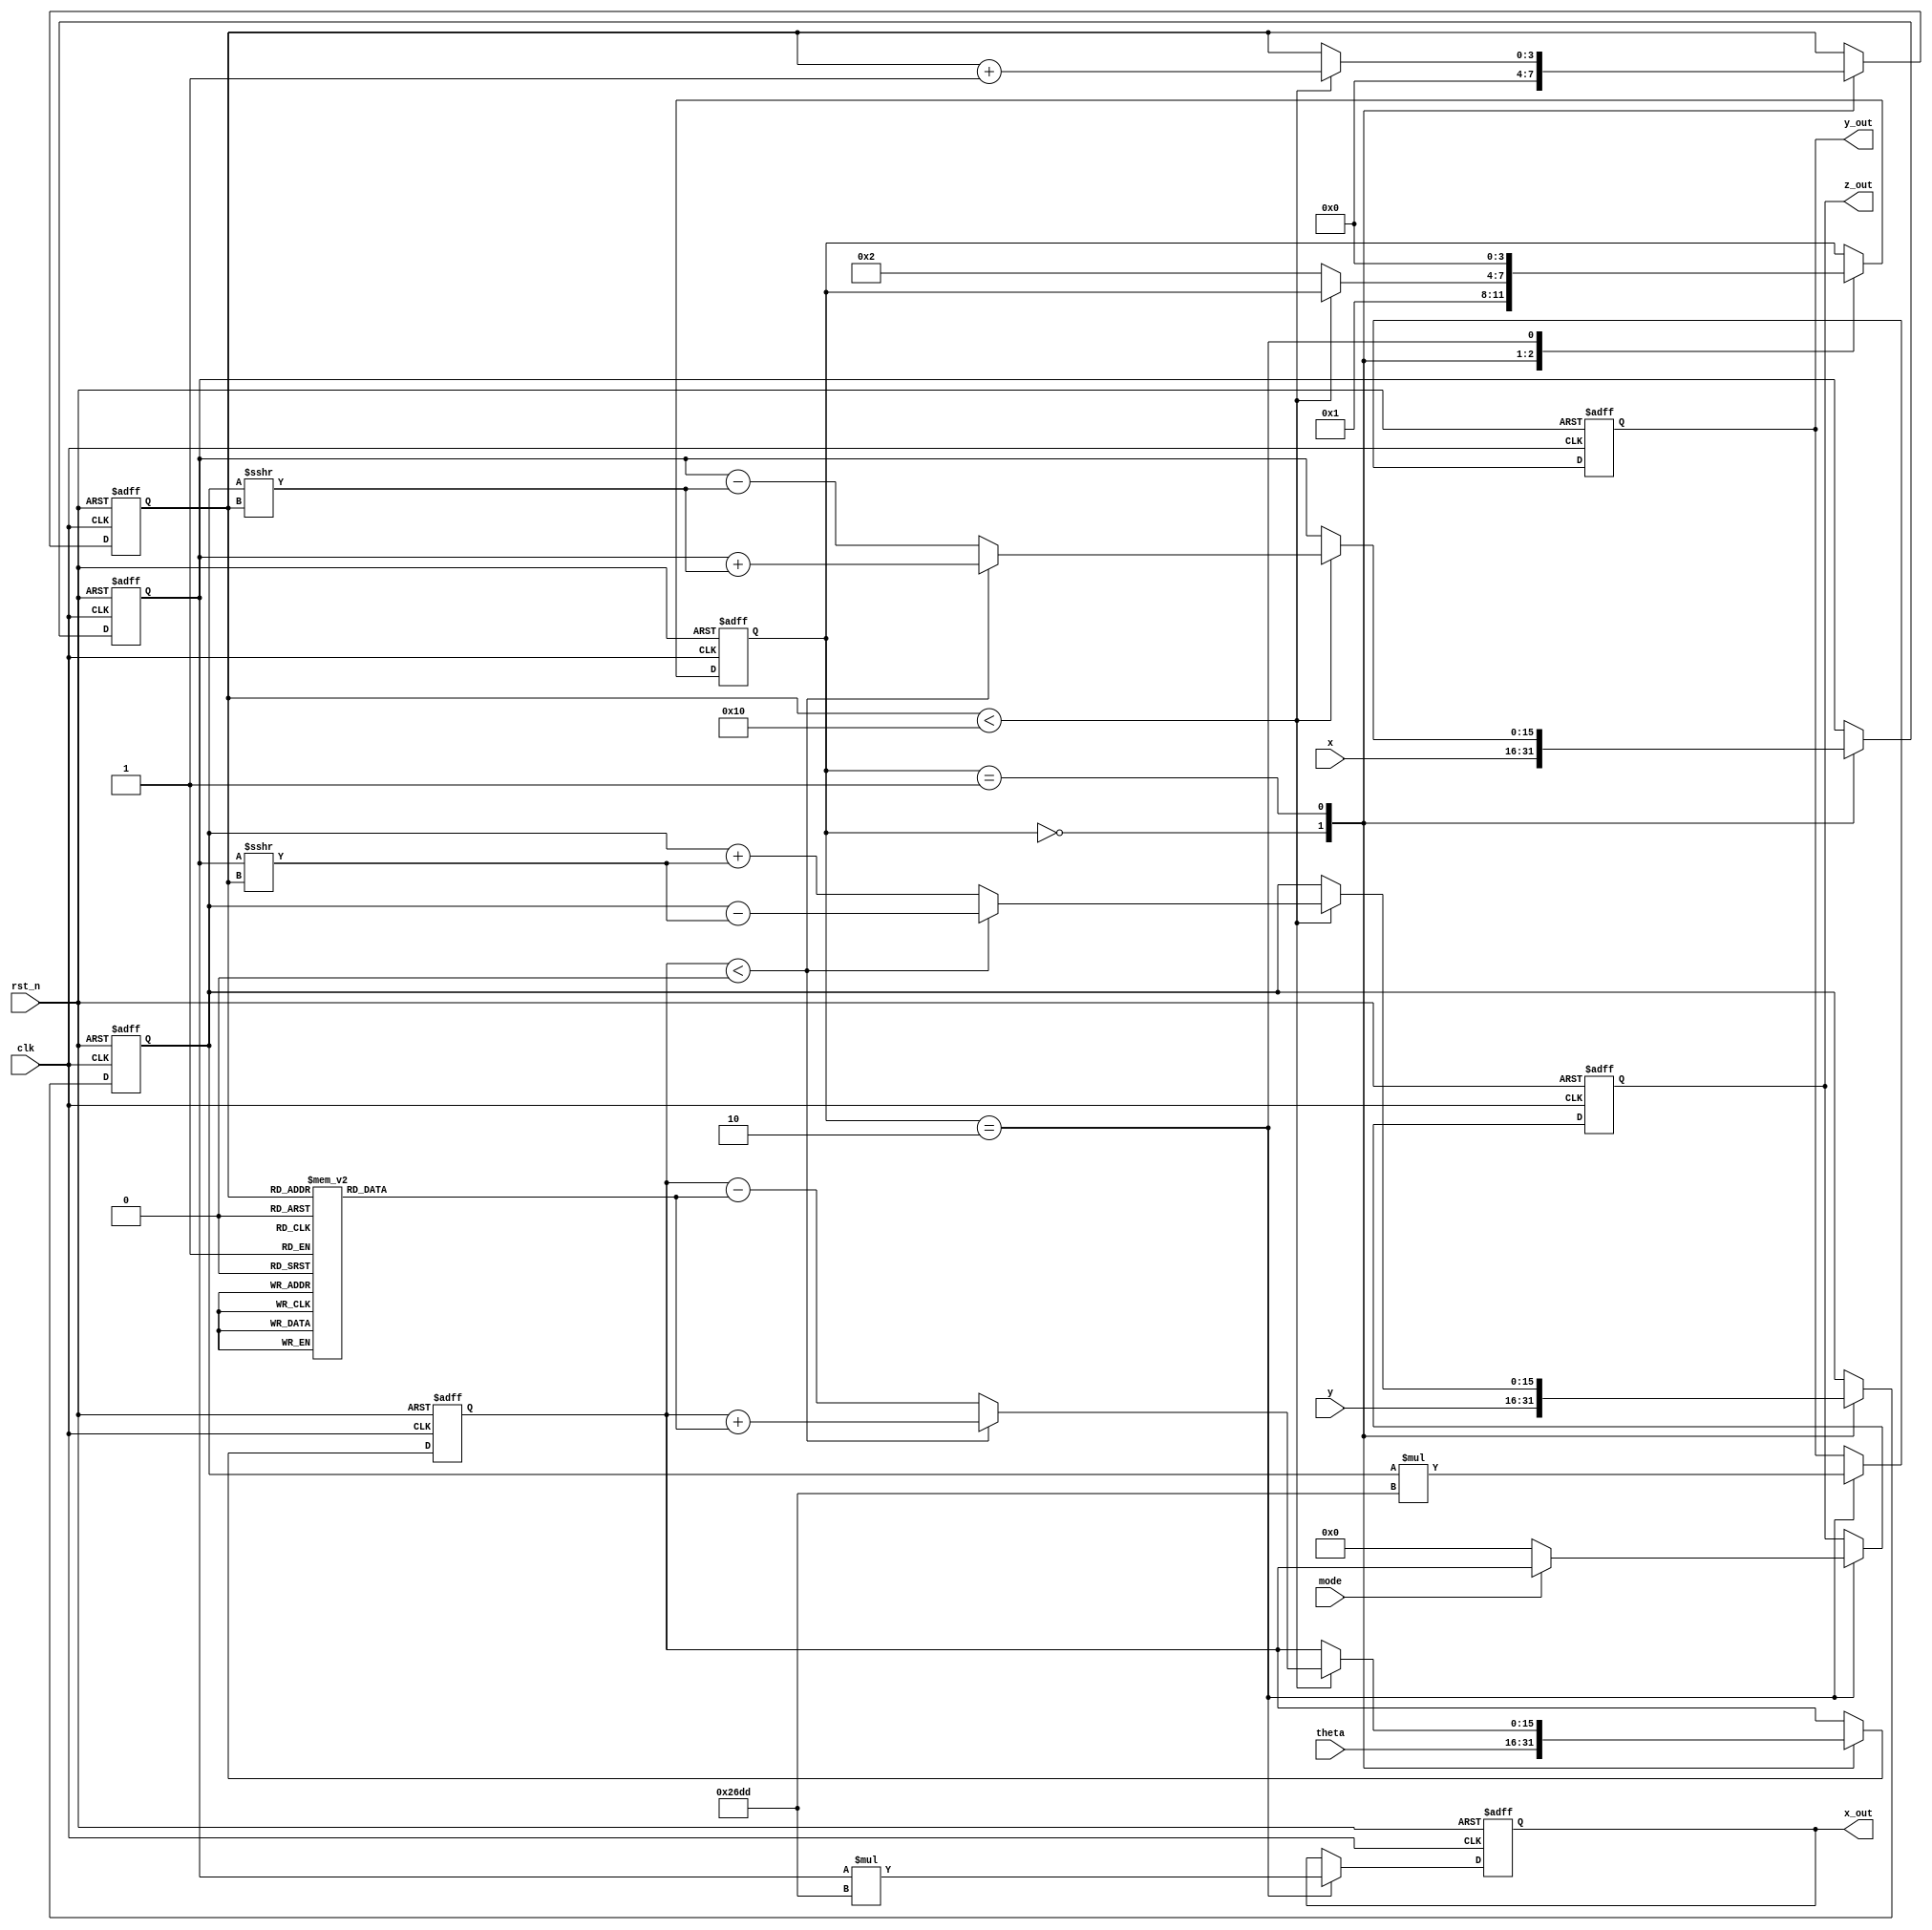
module cordic_arithmetic (
    input wire [15:0] x,           // Fixed-point input x-coordinate
    input wire [15:0] y,           // Fixed-point input y-coordinate
    input wire [15:0] theta,       // Fixed-point angle input
    input wire mode,               // Control signal: 0 for rotation, 1 for vectoring
    input wire clk,                // Clock
    input wire rst_n,              // Active low reset
    output reg [15:0] x_out,       // Output x-coordinate
    output reg [15:0] y_out,       // Output y-coordinate
    output reg [15:0] z_out        // Output angle or magnitude
);

    parameter N = 16; // Number of iterations
    parameter SCALE = 16'h26DD; // Pre-computed scaling constant for 16 iterations
    
    reg [15:0] x_reg, y_reg, z_reg;
    reg [N-1:0] angle_table [0:N-1]; // Lookup table for arctan(2^-i)
    reg [3:0] state; // State variable for FSM
    reg [3:0] i; // Loop variable for iterations

    // Initialize the angle_table with arctan(2^-i) values in fixed-point representation
    initial begin
        angle_table[0] = 16'h2000; // arctan(1)
        angle_table[1] = 16'h199A; // arctan(0.5)
        angle_table[2] = 16'h1333; // arctan(0.25)
        angle_table[3] = 16'h0C9A; // arctan(0.125)
        angle_table[4] = 16'h0666; // arctan(0.0625)
        angle_table[5] = 16'h0333; // arctan(0.03125)
        angle_table[6] = 16'h01A3; // arctan(0.015625)
        angle_table[7] = 16'h00D4; // arctan(0.0078125)
        angle_table[8] = 16'h0066; // arctan(0.00390625)
        angle_table[9] = 16'h0033; // arctan(0.001953125)
        angle_table[10] = 16'h001A; // arctan(0.0009765625)
        angle_table[11] = 16'h000D; // arctan(0.00048828125)
        angle_table[12] = 16'h0006; // arctan(0.000244140625)
        angle_table[13] = 16'h0003; // arctan(0.0001220703125)
        angle_table[14] = 16'h0001; // arctan(0.00006103515625)
        angle_table[15] = 16'h0000; // arctan(0)
    end

    // State machine for CORDIC processing
    always @(posedge clk or negedge rst_n) begin
        if (!rst_n) begin
            x_reg <= 0;
            y_reg <= 0;
            z_reg <= 0;
            state <= 0;
            i <= 0;
            x_out <= 0;
            y_out <= 0;
            z_out <= 0;
        end else begin
            case (state)
                0: begin // Initialization
                    x_reg <= x;
                    y_reg <= y;
                    z_reg <= theta;
                    i <= 0;
                    state <= 1;
                end
                1: begin // CORDIC iterations
                    if (i < N) begin
                        if (z_reg < 0) begin // Rotate clockwise
                            x_reg <= x_reg + (y_reg >>> i);
                            y_reg <= y_reg - (x_reg >>> i);
                            z_reg <= z_reg + angle_table[i];
                        end else begin // Rotate counter-clockwise
                            x_reg <= x_reg - (y_reg >>> i);
                            y_reg <= y_reg + (x_reg >>> i);
                            z_reg <= z_reg - angle_table[i];
                        end
                        i <= i + 1;
                    end else begin
                        state <= 2; // Transition to output state
                    end
                end
                2: begin // Output results
                    x_out <= x_reg * SCALE; // Scale the output
                    y_out <= y_reg * SCALE; // Scale the output
                    if (mode) begin
                        z_out <= z_reg; // Vectoring mode
                    end else begin
                        z_out <= 0; // Reset for rotation mode
                    end
                    state <= 0; // Go back to initialization
                end
            endcase
        end
    end
endmodule